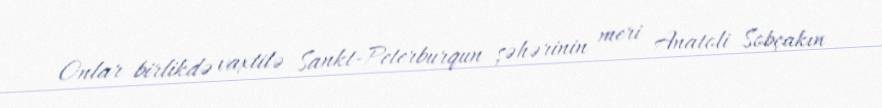
Onlar birlikdə vaxtilə Sankt-Peterburqun şəhərinin meri Anatoli Sobçakın